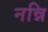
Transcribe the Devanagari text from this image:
नन्नि